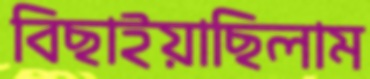
বিছাইয়াছিলাম